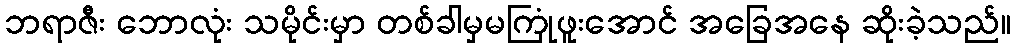
ဘရာဇီး ဘောလုံး သမိုင်းမှာ တစ်ခါမှမကြုံဖူးအောင် အခြေအနေ ဆိုးခဲ့သည်။